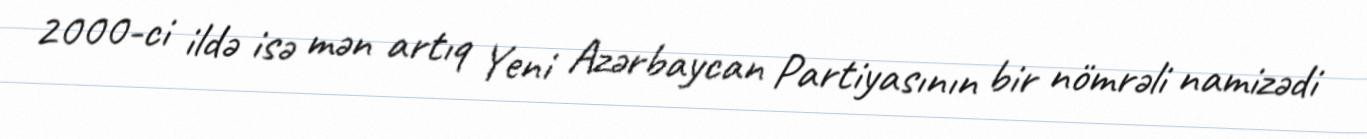
2000-ci ildə isə mən artıq Yeni Azərbaycan Partiyasının bir nömrəli namizədi